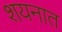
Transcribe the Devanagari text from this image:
शयनात